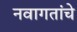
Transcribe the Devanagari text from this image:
नवागतांचे